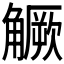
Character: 𧤼